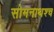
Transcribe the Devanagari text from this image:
सोमनाथश्च